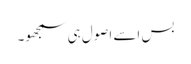
بس اسے اصول ہی سمجھو۔